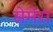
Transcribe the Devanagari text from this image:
सेमेरा